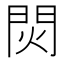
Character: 焛